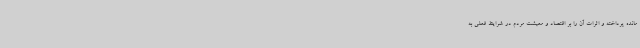
مانده پرداخته و اثرات آن را بر اقتصاد و معیشت مردم در شرایط فعلی به